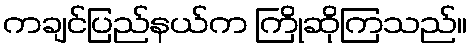
ကချင်ပြည်နယ်က ကြိုဆိုကြသည်။